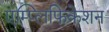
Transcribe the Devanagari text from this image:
एम्प्लिफिकेशन